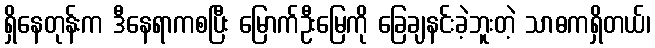
ရှိနေတုန်းက ဒီနေရာကစပြီး မြောက်ဦးမြေကို ခြေချနင်းခဲ့ဘူးတဲ့ သာဓကရှိတယ်၊